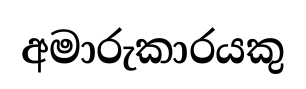
අමාරුකාරයකු